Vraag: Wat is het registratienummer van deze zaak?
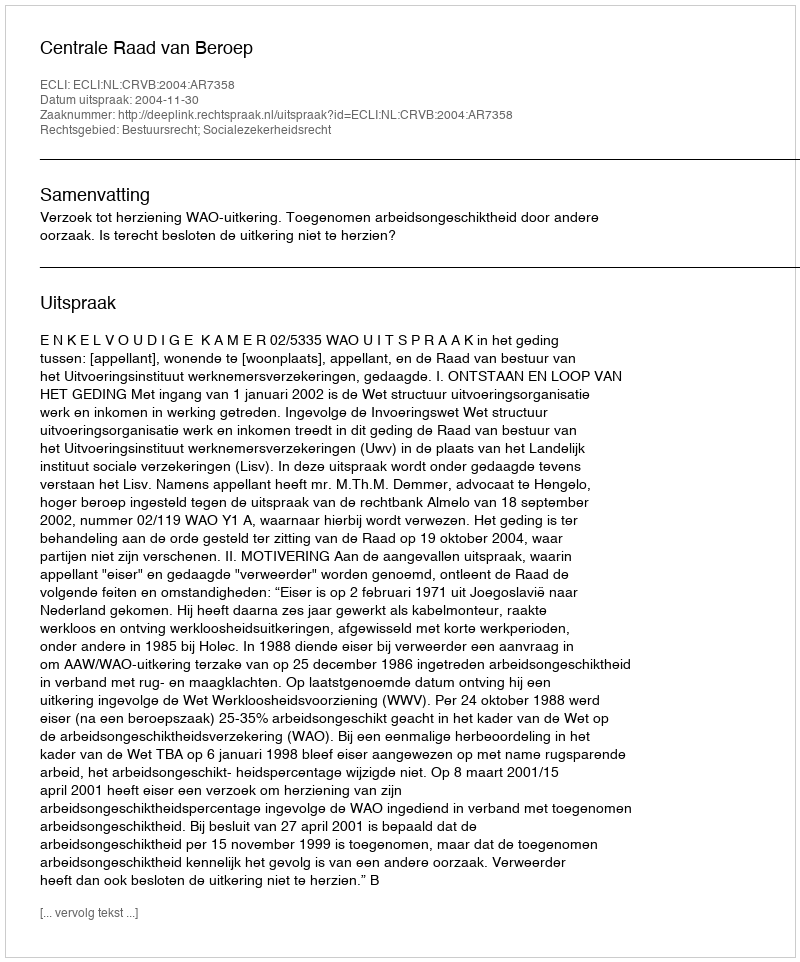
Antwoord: http://deeplink.rechtspraak.nl/uitspraak?id=ECLI:NL:CRVB:2004:AR7358